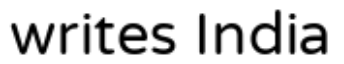
writes India